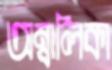
অম্বালিকা